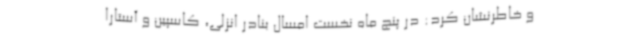
و خاطرنشان کرد: در پنج ماه نخست امسال بنادر انزلی، کاسپین و آستارا